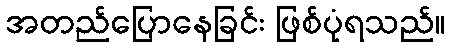
အတည်ပြောနေခြင်း ဖြစ်ပုံရသည်။